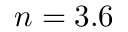
n = 3 . 6